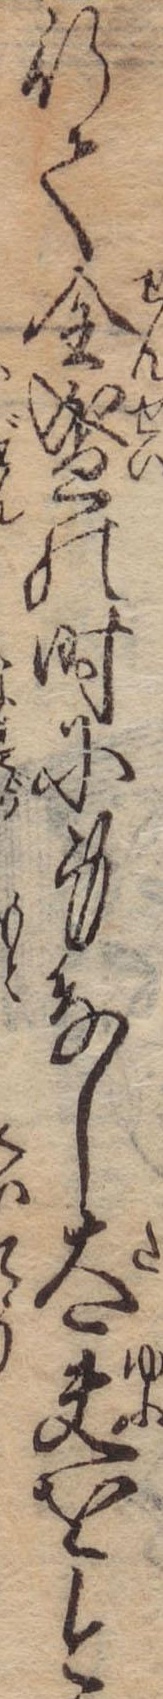
行て全盛の時に身なし太夫を今